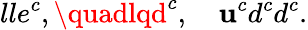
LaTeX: lle^{c},\quadlqd^{c},\quad\mathbf{u}^{c}d^{c}d^{c}.